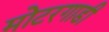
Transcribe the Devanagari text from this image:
मोटरगाडी